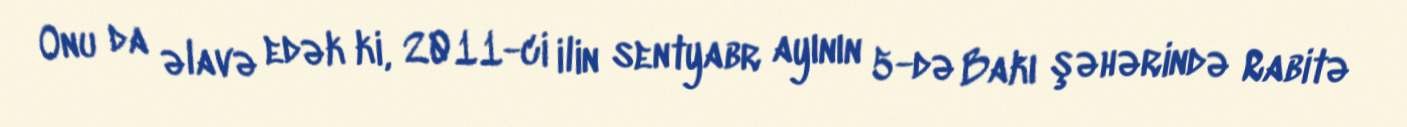
Onu da əlavə edək ki, 2011-ci ilin sentyabr ayının 5-də Bakı şəhərində Rabitə